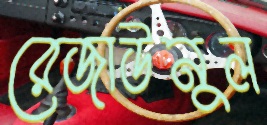
রেজাউনুল